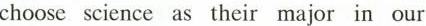
choose science as their major in our